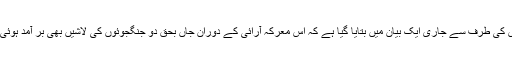
پولیس کی طرف سے جاری ایک بیان میں بتایا گیا ہے کہ اس معرکہ آرائی کے دوران جاں بحق دو جنگجوئوں کی لاشیں بھی بر آمد ہوئی ہیں ۔